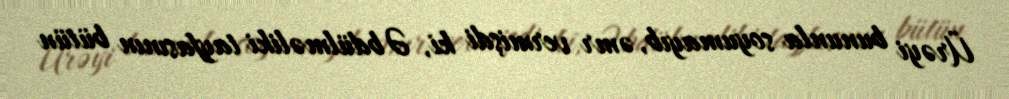
Ürəyi bununla soyumayıb, əmr vermişdi ki, Əbdülməliki tayfasının bütün